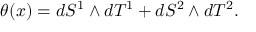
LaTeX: \theta ( x ) = d S ^ { 1 } \wedge d T ^ { 1 } + d S ^ { 2 } \wedge d T ^ { 2 } .